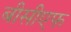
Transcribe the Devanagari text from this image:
बीसीएफ